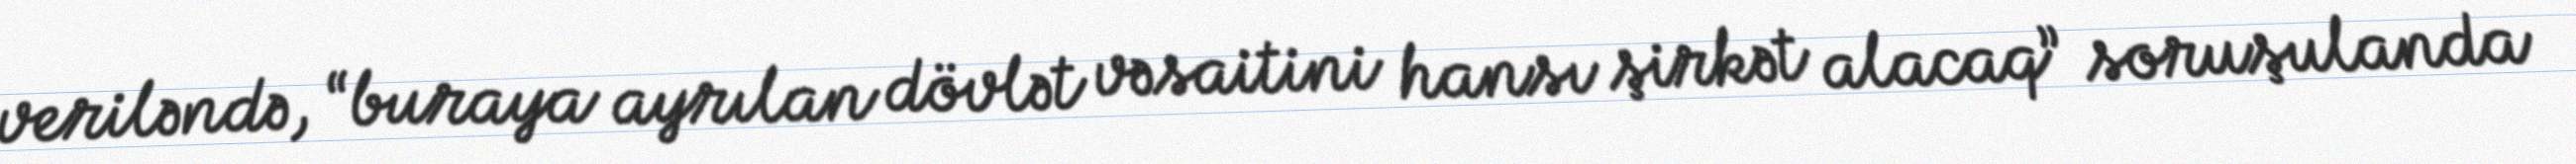
veriləndə, “buraya ayrılan dövlət vəsaitini hansı şirkət alacaq” soruşulanda